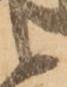
候